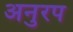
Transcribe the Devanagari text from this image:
अनुरप